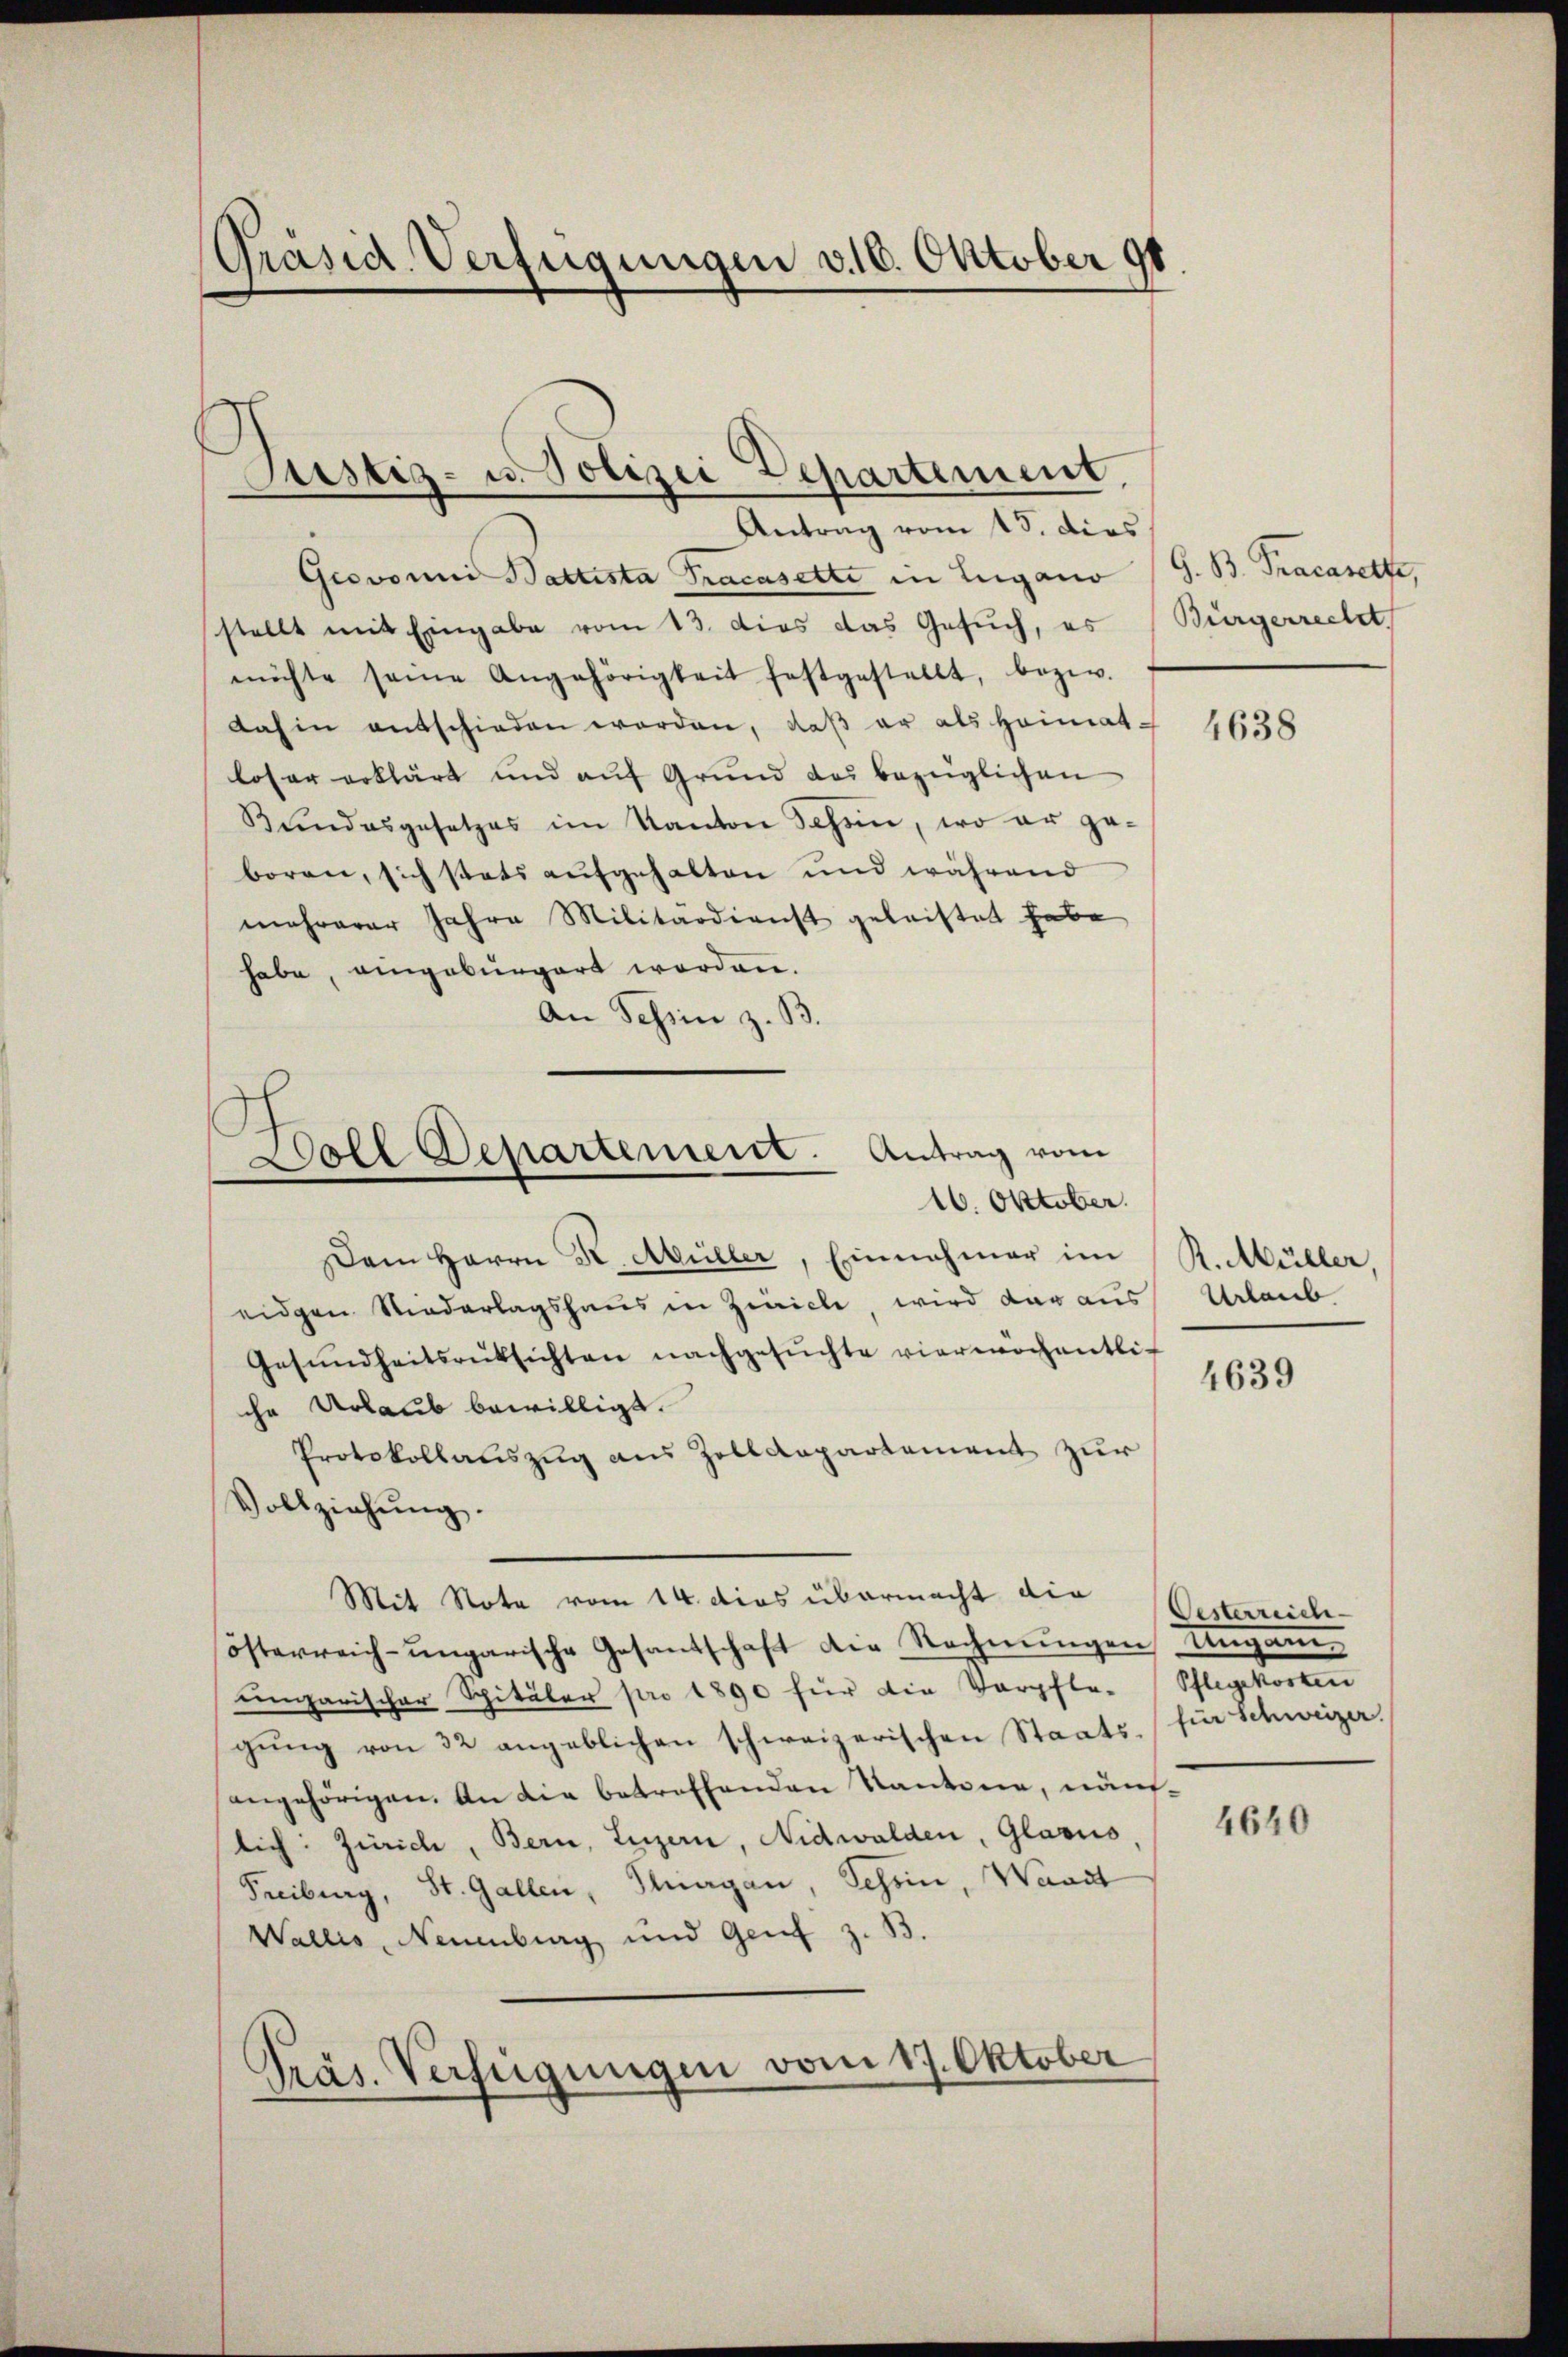
Präsid. Verfügungen v. 16. Oktober 191

Justiz- u. Polizei Departement,

Woll Departement. Antrag vom
16. Oktober.

Antrag vom 15. dies
Grovomni Baltista Tracasette in Lugano (G. B. Tracasette,
stellt mit Eingabe vom 13. dies das Gesuch, es
möchte seine Angehörigkeit festgestellt, bezw.
dahin entschieden worden, daß er als Heimat-
loser erklärt und auf Grund des bezüglichen
Bŭndesgesetzes im Kanton Schen, wo er ge-
boren, sich stets aŭfgehalten und während
mehrerer Jahre Militärdienst geleistet habe
habe, eingebürgert worden.
An Schin z. B.
Dem Herrn K. Müller, Einnahmer im R. Müller,
eidgen Niederlagshaus in Zürich, wird dar aus
Gesŭndheitsrücksichten nachgesŭchte vierwochentlic
che Urlaub bewilligt.
Protokollauszug aus Zolldepartement zur
Vollziehŭng.
Mit Note vom 14. dies übermacht die
österreich-ungarische Gesandschaft die Rechnŭngen Ungan
ungarischer Spitaler pro 1890 für die Verpfle-Pflegekosten
gŭng von 32 angeblichen schweizerischen Staats- / für Schweizer.
angehörigen. An die betreffenden Kantone, nämlich: Zürich, Bern, Luzern, Nidwalden, Glasio
Freiburg, St. Gallen, Thurgau, Tessin, Waadt
Wallis, Neuenburg und Genf z. B.
Präs. Verfügungen vom 17. Oktober

Bürgerrecht

4638

Urlaub

4639

Oesterreich

4640